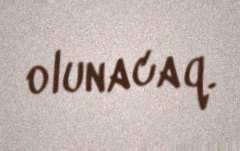
olunacaq.